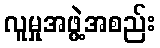
လူမှုအဖွဲ့အစည်း